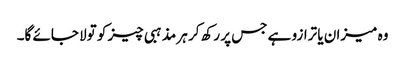
وہ میزان یا ترازو ہے جس پر رکھ کر ہر مذہبی چیز کو تولا جائے گا۔